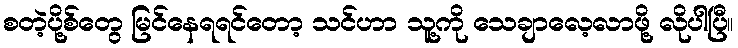
စတဲ့ပို့စ်တွေ မြင်နေရရင်တော့ သင်ဟာ သူ့ကို သေချာလေ့လာဖို့ လိုပါပြီ။